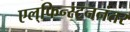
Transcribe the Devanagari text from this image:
एल्‌फिन्स्टननंतर